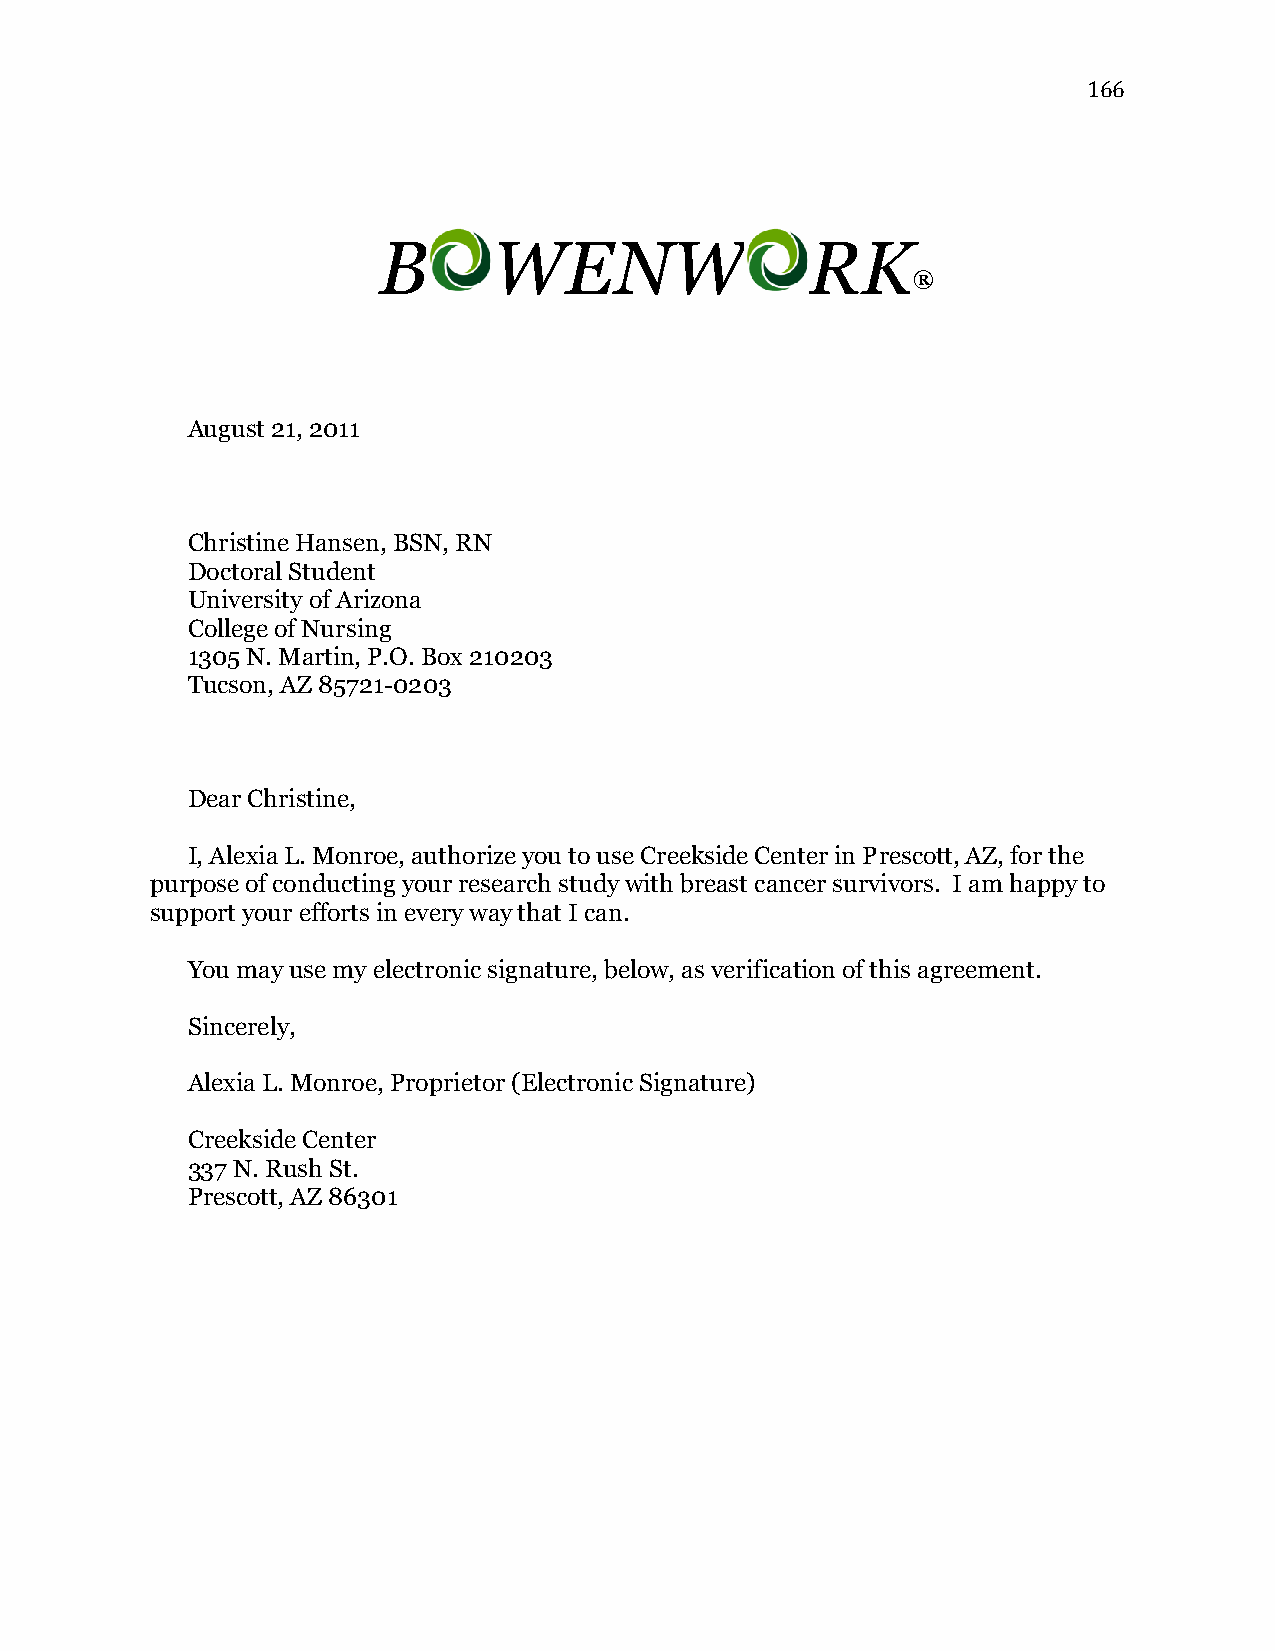
166
 B       WENW                 RK
 ®
 August 21, 2011
 Christine Hansen, BSN, RN
 Doctoral Student
 University of Arizona
 College of Nursing
 1305 N. Martin, P.O. Box 210203
 Tucson, AZ 85721-0203
 Dear Christine,
 I, Alexia L. Monroe, authorize you to use Creekside Center in Prescott, AZ, for the
 purpose of conducting your research study with breast cancer survivors. I am happy to
 support your efforts in every way that I can.
 You may use my electronic signature, below, as verification of this agreement.
 Sincerely,
 Alexia L. Monroe, Proprietor (Electronic Signature)
 Creekside Center
 337 N. Rush St.
 Prescott, AZ 86301